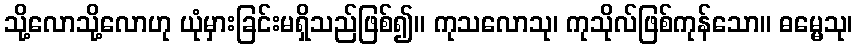
သို့လောသို့လောဟု ယုံမှားခြင်းမရှိသည်ဖြစ်၍။ ကုသလောသု၊ ကုသိုလ်ဖြစ်ကုန်သော။ ဓမ္မေသု၊